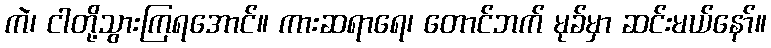
ကဲ၊ ငါတို့သွားကြရအောင်။ ကားဆရာရေ၊ တောင်ဘက် မုခ်မှာ ဆင်းမယ်နော်။